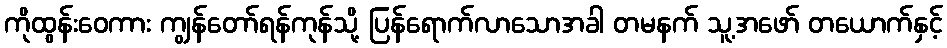
ကိုထွန်းဝေကား ကျွန်တော်ရန်ကုန်သို့ ပြန်ရောက်လာသောအခါ တမနက် သူ့အဖော် တယောက်နှင့်